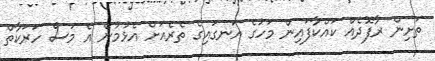
ތަށިން ރާފޮދެއް ކައްކާފައިން މަހުގެ އަނގައިގެ ތެރެއަށް އެޅުމުން އެ މަސް ހަރަކާތް